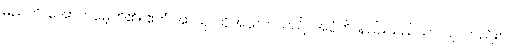
မညတိ၊ အောက်မေ့ဘိ၏။ ဧတံ အာယု၊ ထိုအသက်သည်။ အပ္ပံဟိ၊ နည်းသည်သာလျှင်တည်း။